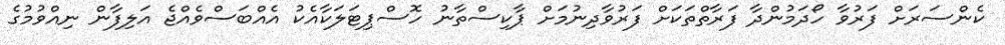
ކެންސަރަށް ފަރުވާ ހޯދަމުންދާ ފަރާތްތަކަށް ފަރުވާދިނުމަށް ޕާކިސްތާނު ހޮސްޕިޓަލަކާއެކު އެއްބަސްވެއްޖެ އަލިފާން ނިއްވުމުގެ